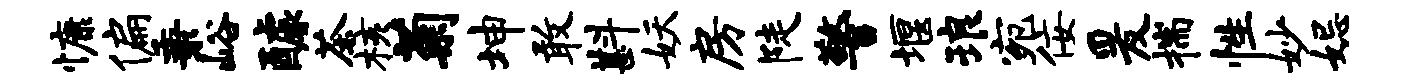
慷偏秉峪醵茶核菊坤敢斟妖房陡警堰琅宛佞爰揣性妙妃